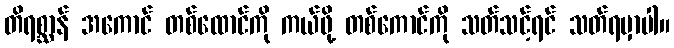
တိရစ္ဆာန် အကောင် တစ်ထောင်ကို ကယ်ဖို့ တစ်ကောင်ကို သတ်သင့်ရင် သတ်ရမှာပါ။